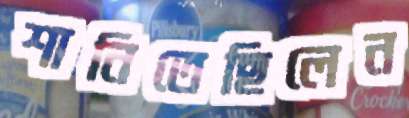
শানিতেছিলেন